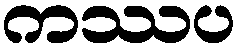
ကဿပ